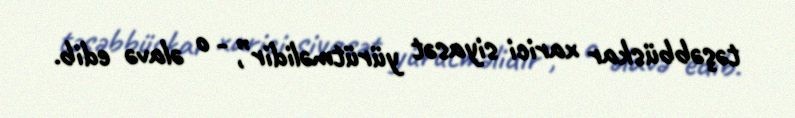
təşəbbüskar xarici siyasət yürütməlidir”, - o əlavə edib.